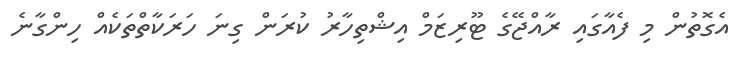
އެގޮތުން މި ފެއާގައި ރާއްޖޭގެ ޓޫރިޒަމް އިޝްތިހާރު ކުރަން ގިނަ ހަރަކާތްތަކެއް ހިންގާނެ